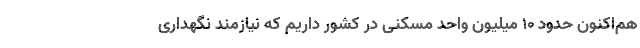
هم‌اکنون حدود 10 میلیون واحد مسکنی در کشور داریم که نیازمند نگهداری